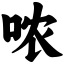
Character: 哝